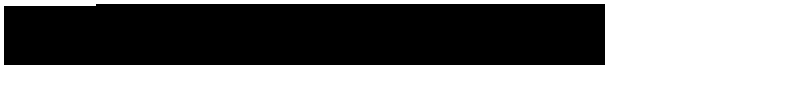
LaTeX: \hspace { 5 e m }